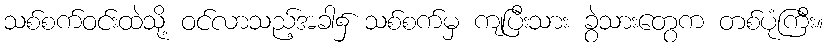
သစ်စက်ဝင်းထဲသို့ ဝင်လာသည့်အခါ၌ သစ်စက်မှ ကျပြီးသား ခွဲသားတွေက တစ်ပုံကြီး။